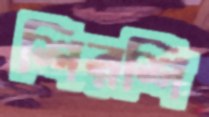
শিরশি